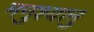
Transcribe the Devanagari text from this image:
मनुश्‍यानु